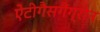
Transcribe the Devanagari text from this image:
ऐंटीगैसगैंग्रीन